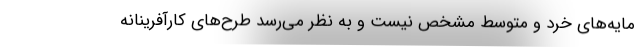
مایه‌های خرد و متوسط مشخص نیست و به نظر می‌رسد طرح‌های کارآفرینانه